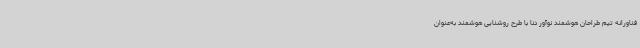
فناورانه تیم طراحان هوشمند نوآور دنا با طرح روشنایی هوشمند به‌عنوان